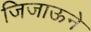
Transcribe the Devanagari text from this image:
जिजाऊने